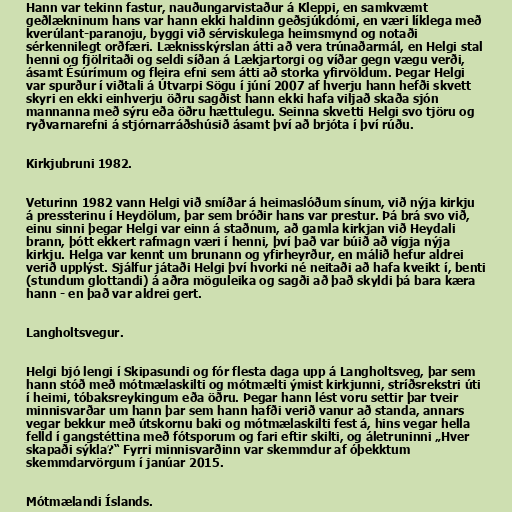
Hann var tekinn fastur, nauðungarvistaður á Kleppi, en samkvæmt
geðlækninum hans var hann ekki haldinn geðsjúkdómi, en væri líklega með
kverúlant-paranoju, byggi við sérviskulega heimsmynd og notaði
sérkennilegt orðfæri. Læknisskýrslan átti að vera trúnaðarmál, en Helgi stal
henni og fjölritaði og seldi síðan á Lækjartorgi og víðar gegn vægu verði,
ásamt Ésúrímum og fleira efni sem átti að storka yfirvöldum. Þegar Helgi
var spurður í viðtali á Útvarpi Sögu í júní 2007 af hverju hann hefði skvett
skyri en ekki einhverju öðru sagðist hann ekki hafa viljað skaða sjón
mannanna með sýru eða öðru hættulegu. Seinna skvetti Helgi svo tjöru og
ryðvarnarefni á stjórnarráðshúsið ásamt því að brjóta í því rúðu.

Kirkjubruni 1982.

Veturinn 1982 vann Helgi við smíðar á heimaslóðum sínum, við nýja kirkju
á pressterinu í Heydölum, þar sem bróðir hans var prestur. Þá brá svo við,
einu sinni þegar Helgi var einn á staðnum, að gamla kirkjan við Heydali
brann, þótt ekkert rafmagn væri í henni, því það var búið að vígja nýja
kirkju. Helga var kennt um brunann og yfirheyrður, en málið hefur aldrei
verið upplýst. Sjálfur játaði Helgi því hvorki né neitaði að hafa kveikt í, benti
(stundum glottandi) á aðra möguleika og sagði að það skyldi þá bara kæra
hann - en það var aldrei gert.

Langholtsvegur.

Helgi bjó lengi í Skipasundi og fór flesta daga upp á Langholtsveg, þar sem
hann stóð með mótmælaskilti og mótmælti ýmist kirkjunni, stríðsrekstri úti
í heimi, tóbaksreykingum eða öðru. Þegar hann lést voru settir þar tveir
minnisvarðar um hann þar sem hann hafði verið vanur að standa, annars
vegar bekkur með útskornu baki og mótmælaskilti fest á, hins vegar hella
felld í gangstéttina með fótsporum og fari eftir skilti, og áletruninni „Hver
skapaði sýkla?“ Fyrri minnisvarðinn var skemmdur af óþekktum
skemmdarvörgum í janúar 2015.

Mótmælandi Íslands.